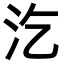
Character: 汔